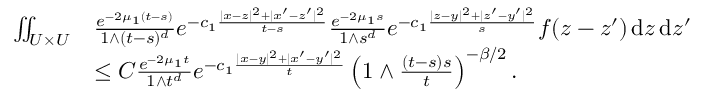
\begin{array} { r l } { \iint _ { U \times U } } & { \frac { e ^ { - 2 \mu _ { 1 } ( t - s ) } } { 1 \wedge ( t - s ) ^ { d } } e ^ { - c _ { 1 } \frac { | x - z | ^ { 2 } + | x ^ { \prime } - z ^ { \prime } | ^ { 2 } } { t - s } } \frac { e ^ { - 2 \mu _ { 1 } s } } { 1 \wedge s ^ { d } } e ^ { - c _ { 1 } \frac { | z - y | ^ { 2 } + | z ^ { \prime } - y ^ { \prime } | ^ { 2 } } { s } } f ( z - z ^ { \prime } ) \, \ensuremath { \mathrm { d } } z \, \ensuremath { \mathrm { d } } z ^ { \prime } } \\ & { \le C \frac { e ^ { - 2 \mu _ { 1 } t } } { 1 \wedge t ^ { d } } e ^ { - c _ { 1 } \frac { | x - y | ^ { 2 } + | x ^ { \prime } - y ^ { \prime } | ^ { 2 } } { t } } \left( 1 \wedge \frac { ( t - s ) s } { t } \right) ^ { - \beta / 2 } . } \end{array}